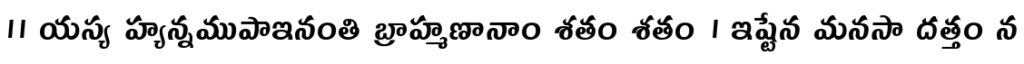
॥ యస్య హ్యన్నముపాఇనంతి బ్రాహ్మణానాం శతం శతం । ఇష్టేన మనసా దత్తం న